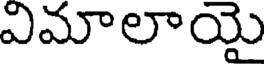
విమాలాయై